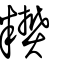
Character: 𥽢